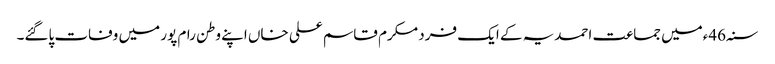
سنہ46ءمیں جماعت احمدیہ کے ایک فرد مکرم قاسم علی خاں اپنے وطن رام پور میں وفات پاگئے۔